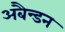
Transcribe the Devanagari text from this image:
अबैन्डन